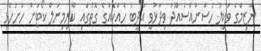
ނާޒިމްގެ ވަކީލު ހުސްނުއްސުއޫދު ވިދާޅުވީ އަދީބު ހެއްކެއްގެ ގޮތުގައި ކްރިމިނަލް ކޯޓަށް ހުށަހެޅި